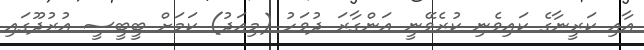
އާއި ކަރީނާގެ ކައިވެނި ކުރެވޭނީ އަންގާރަ ދުވަހު (މިއަދު) ކަމަށް ބީބީސީ އުރުދޫގައި